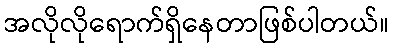
အလိုလိုရောက်ရှိနေတာဖြစ်ပါတယ်။